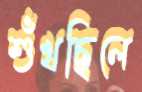
শুঁখছিলে